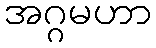
အဂ္ဂမဟာ